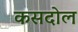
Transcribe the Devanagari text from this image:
कसदोल